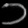
Digit: ၁